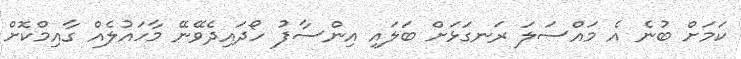
ކަމަށް ބުނެ އެ މައްސަލަ ރަނގަޅަށް ބަލައި އިންސާފު ހޯދައިދެވޭނޭ މާހައުލެއް ގާއިމްކޮށް